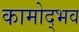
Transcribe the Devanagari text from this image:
कामोद्भव